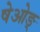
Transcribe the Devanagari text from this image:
षेओङ्